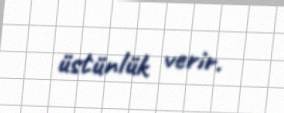
üstünlük verir.